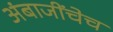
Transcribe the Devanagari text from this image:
अंबाजींचेच